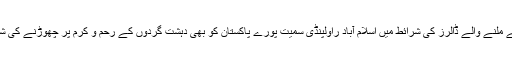
کیا سعودی عرب سے ملنے والے ڈالرز کی شرائط میں اسلام آباد راولپنڈی سمیت پورے پاکستان کو بھی دہشت گردوں کے رحم و کرم پر چھوڑنے کی شرط بھی شامل تھی ؟